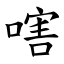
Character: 嗐